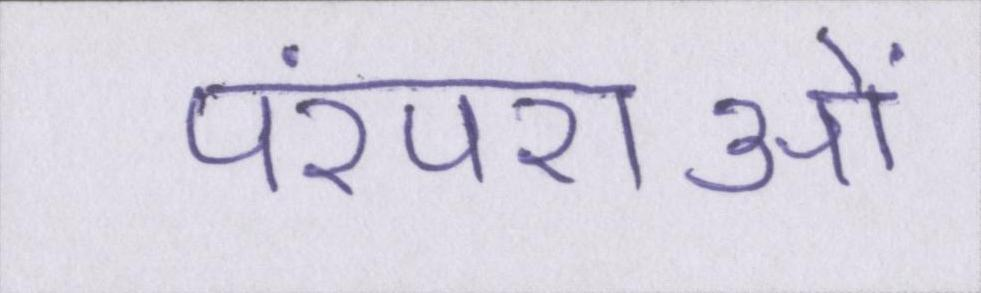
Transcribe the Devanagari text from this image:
परंपराओं